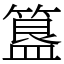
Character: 簋